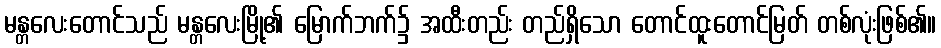
မန္တလေးတောင်သည် မန္တလေးမြို့၏ မြောက်ဘက်၌ အထီးတည်း တည်ရှိသော တောင်ထူးတောင်မြတ် တစ်လုံးဖြစ်၏။